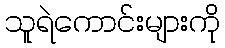
သူရဲကောင်းများကို